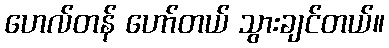
ဟေလ်တန် ဟော်တယ် သွားချင်တယ်။